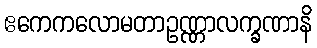
ဧကေကလောမတာဥဏ္ဏာလက္ခဏာနိ